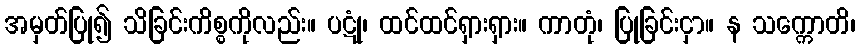
အမှတ်ပြု၍ သိခြင်းကိစ္စကိုလည်း။ ပဋုံ၊ ထင်ထင်ရှားရှား။ ကာတုံ၊ ပြုခြင်းငှာ။ န သက္ကောတိ၊